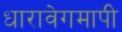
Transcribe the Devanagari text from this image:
धारावेगमापी